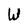
Character: W